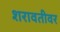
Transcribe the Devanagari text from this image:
शरावतीवर